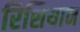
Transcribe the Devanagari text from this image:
रिशियान